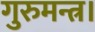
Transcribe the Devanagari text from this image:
गुरुमन्त्र।